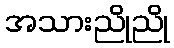
အသားညိုညို